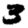
Digit: 3